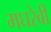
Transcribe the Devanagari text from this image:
मघरेबी